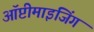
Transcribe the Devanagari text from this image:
ऑप्टीमाइजिंग